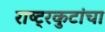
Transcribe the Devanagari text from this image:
राष्ट्रकुटांचा